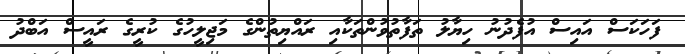
ފަހަކަސް އައިސް އުފެދުނު ހިޔާލު ތަފާތުވުންތަކާއި ރައްޔިތުންގެ މަޖިލީހުގެ ކުރީގެ ރައީސް އަބްދު